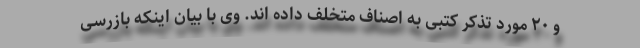
و ۲۰ مورد تذکر کتبی به اصناف متخلف داده اند. وی با بیان اینکه بازرسی